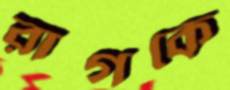
রাগকে